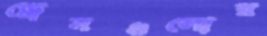
ড্রেনগুলোর